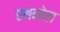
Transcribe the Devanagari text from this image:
इथनोल